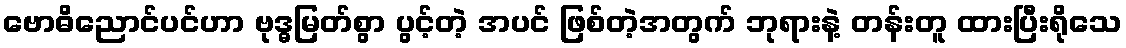
ဗောဓိညောင်ပင်ဟာ ဗုဒ္ဓမြတ်စွာ ပွင့်တဲ့ အပင် ဖြစ်တဲ့အတွက် ဘုရားနဲ့ တန်းတူ ထားပြီးရိုသေ